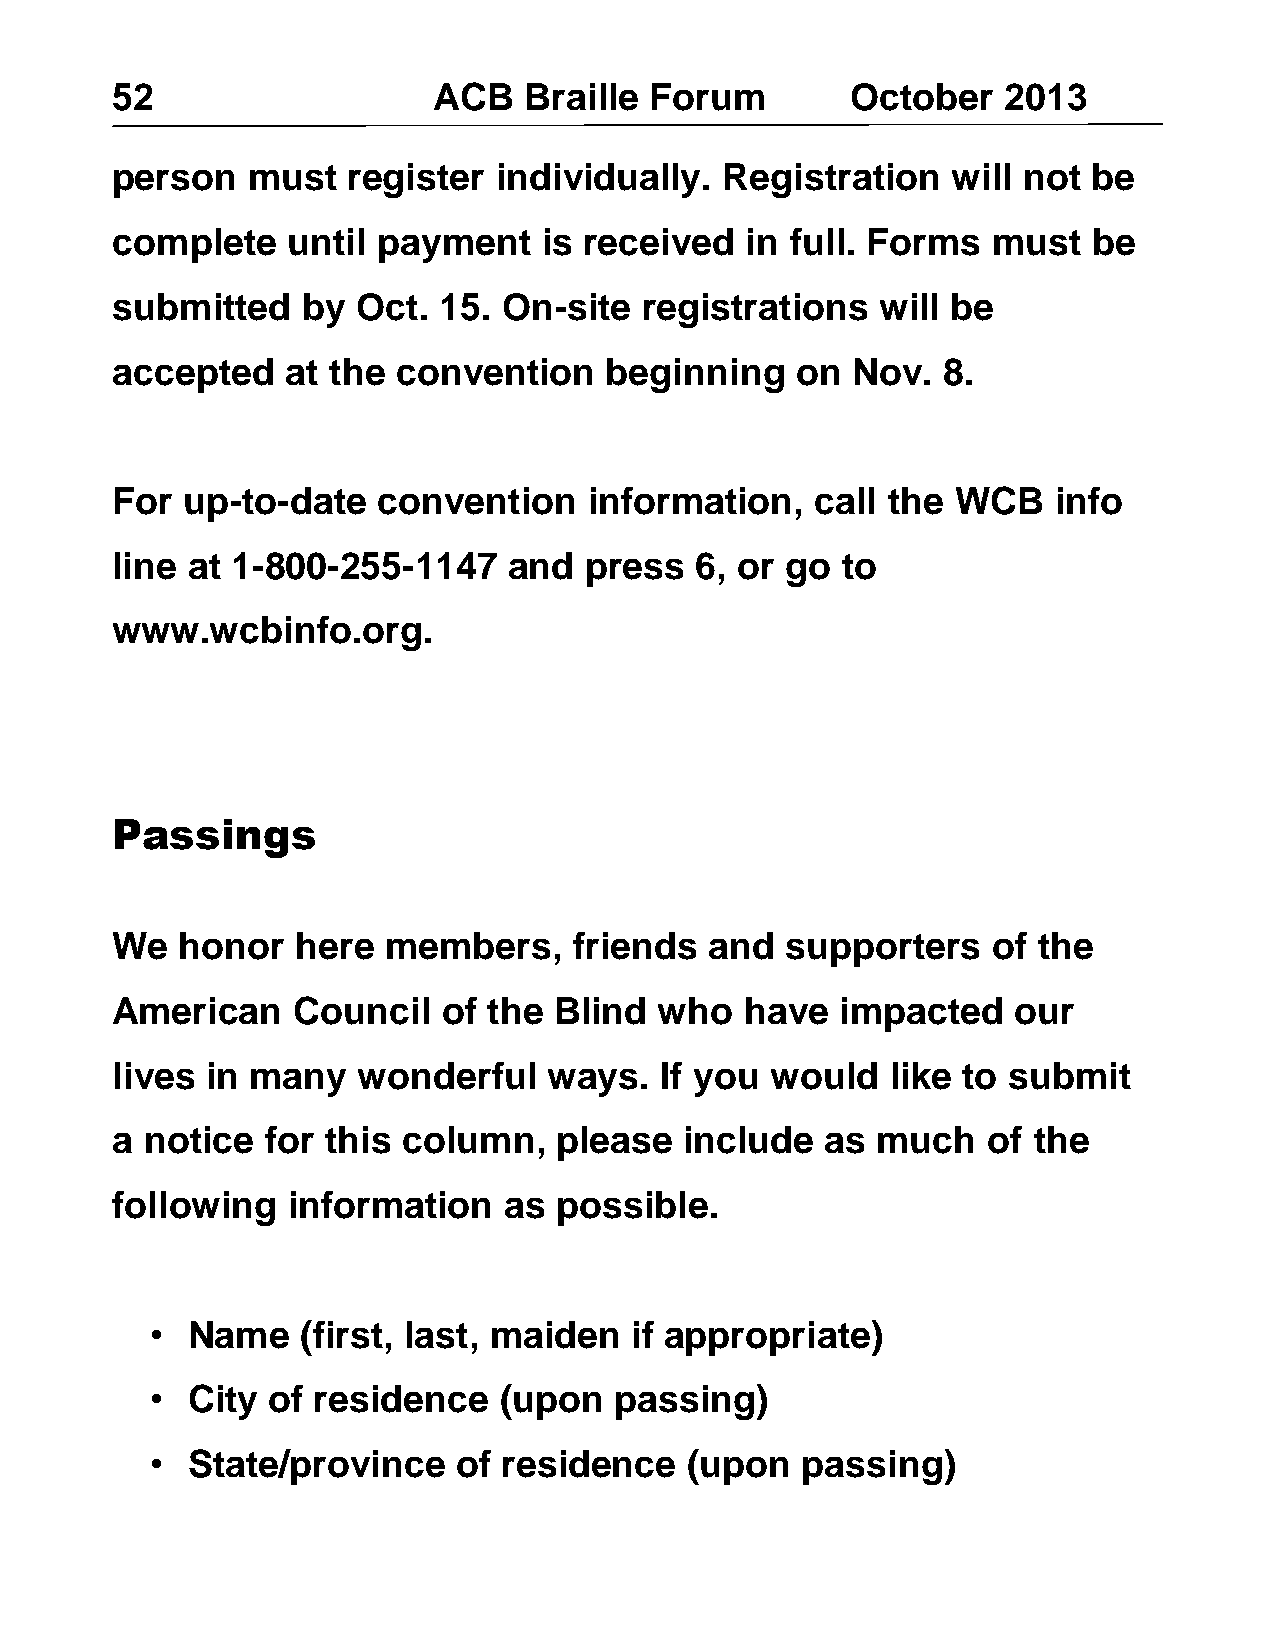
52                    ACB   Braille Forum        October   2013
 person   must   register  individually.  Registration   will not be
 complete    until payment    is received  in full. Forms   must  be
 submitted    by  Oct. 15. On-site  registrations   will be
 accepted    at the convention    beginning    on Nov.  8.
 For  up-to-date   convention    information,   call the WCB    info
 line at 1-800-255-1147     and  press  6, or go  to
 www.wcbinfo.org.
 Passings
 We   honor   here  members,    friends  and  supporters    of the
 American    Council   of the  Blind  who  have   impacted   our
 lives  in many   wonderful   ways.   If you would   like to submit
 a  notice  for this column,   please  include   as much   of the
 following   information   as  possible.
 • Name    (first, last, maiden  if appropriate)
 • City  of residence   (upon   passing)
 • State/province    of residence    (upon  passing)